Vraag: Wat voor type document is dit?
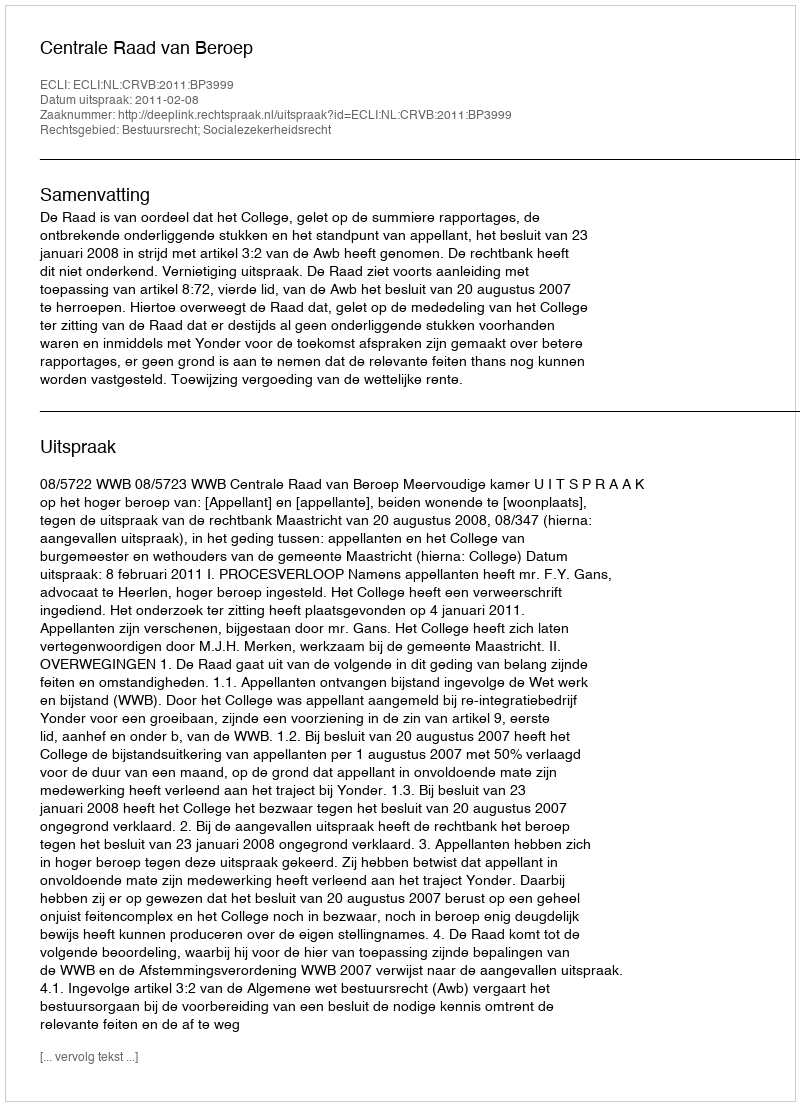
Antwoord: Uitspraak